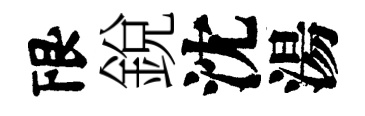
限銳沈湯